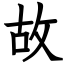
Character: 故